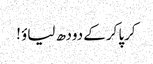
کرپا کرکے دودھ لیاؤ !